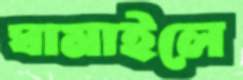
ঘামাইলে